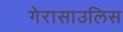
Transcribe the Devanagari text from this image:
गेरासाउलिस